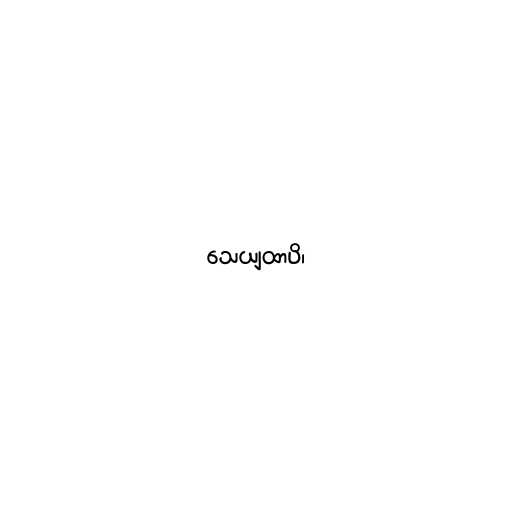
သေယျထာပိ၊